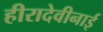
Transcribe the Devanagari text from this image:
हीरादेवीनाई